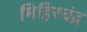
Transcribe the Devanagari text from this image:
मिहिरचंद्र